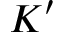
K ^ { \prime }